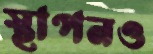
স্থাপনও